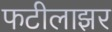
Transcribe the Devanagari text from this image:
फटीलाझर